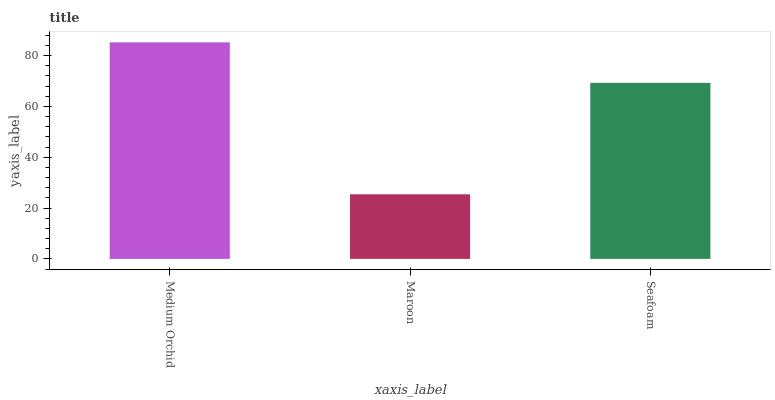
| xaxis_label | bars |
 | --- | --- |
 | Medium Orchid | 85.2 |
 | Maroon | 25.4 |
 | Seafoam | 69.3 |